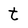
Character: t